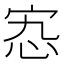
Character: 𡧫